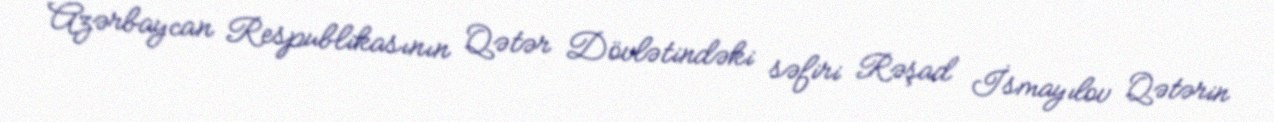
Azərbaycan Respublikasının Qətər Dövlətindəki səfiri Rəşad İsmayılov Qətərin